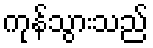
ကုန်သွားသည်